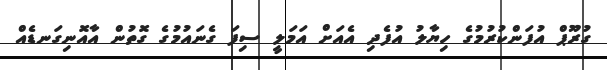
ގުރޫޕް އުފަންކުރުމުގެ ހިޔާލު އުފެދި އެއަށް އަމަލީ ސިފަ ގެނައުމުގެ ގޮތުން އާއޮނިގަނޑެއް